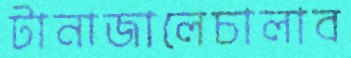
টানাজালেচালাব